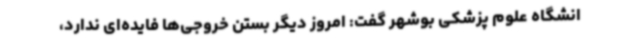
انشگاه علوم پزشکی بوشهر گفت: امروز دیگر بستن خروجی‌ها فایده‌ای ندارد،